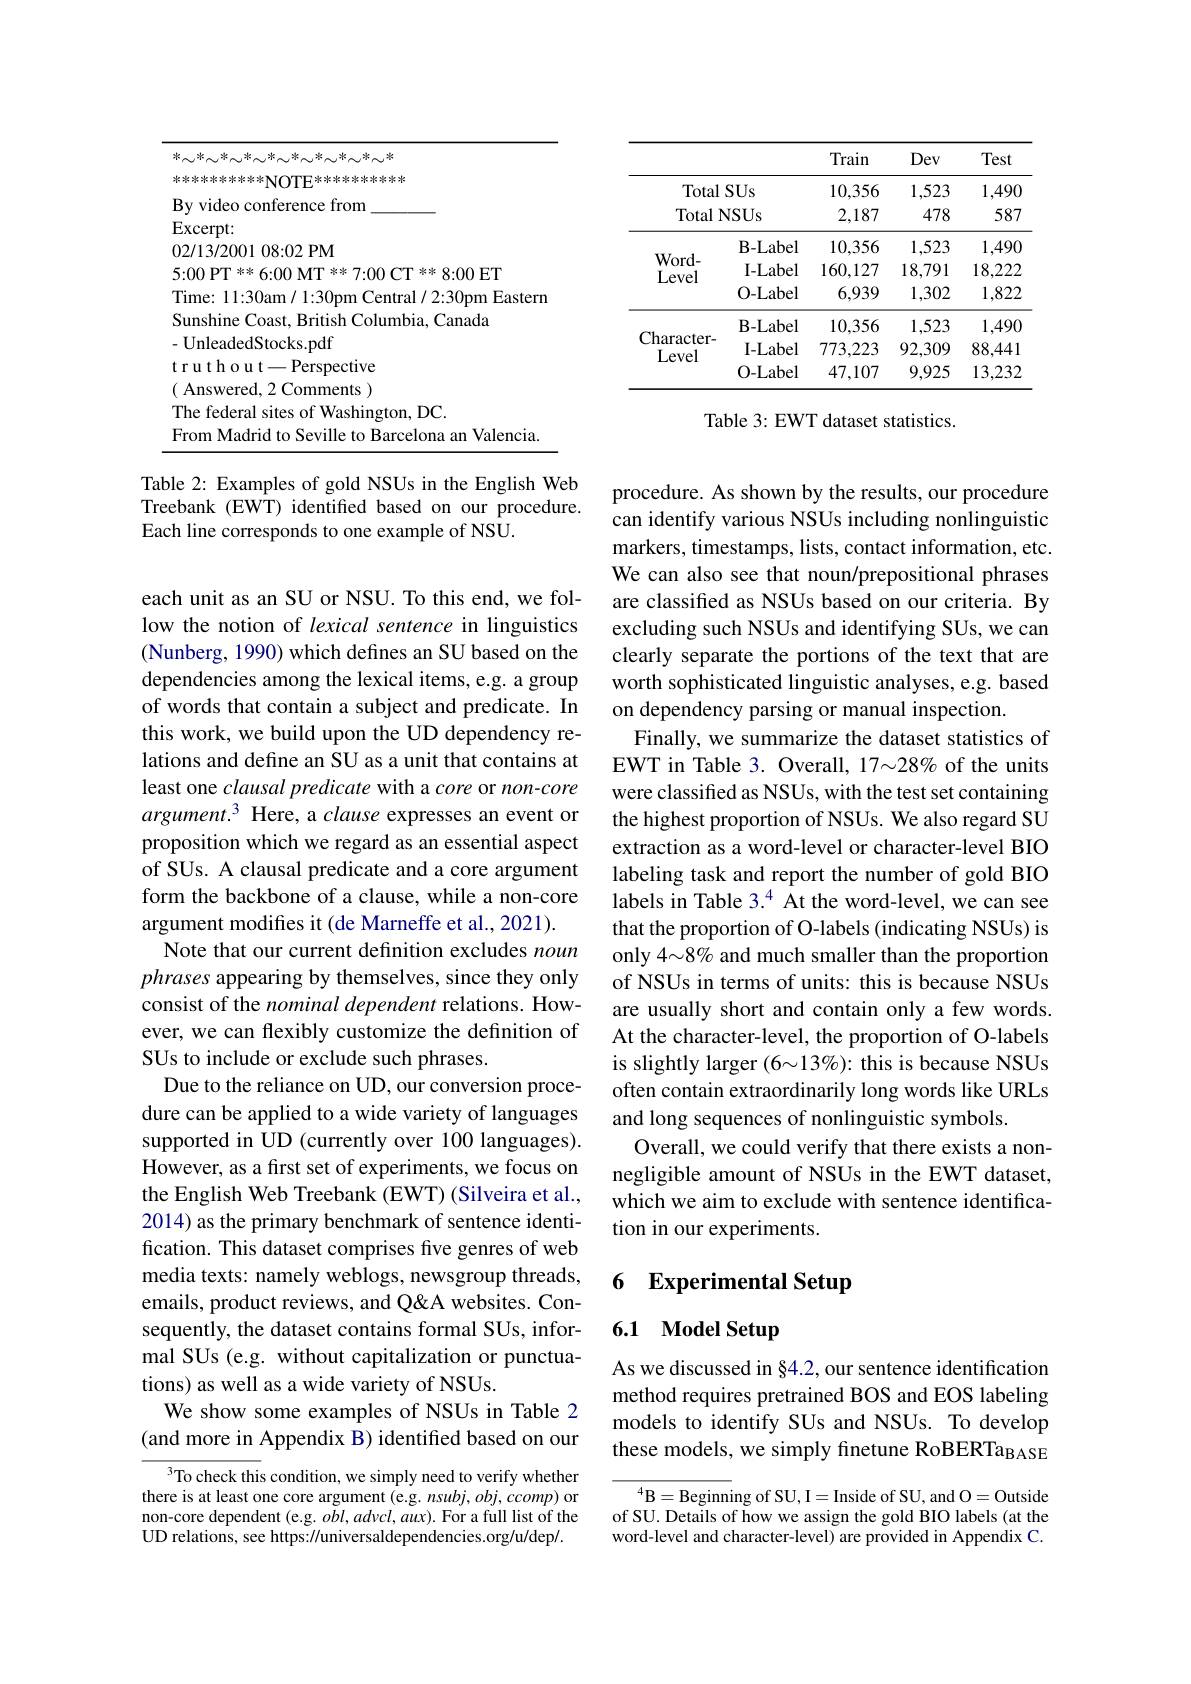
<table>
	<tbody>
		<tr>
			<td>F T 1</td>
			<td>5{:}00 $\mathrm{PT}^{* * * }$ 6{:}00 $\mathrm{MT}^{* * }$ 7{:}00 $\mathrm{CT}^{* * }$ 8{:}00 ET</td>
			<td>PT * * 6: 00 MT * * 7: 00 CT * * 8: 00 ET</td>
		</tr>
		<tr>
			<td>$T$</td>
			<td>Time: 11:30am/ 1:30pm Central/ 2:30pm East</td>
			<td>:11:30am/1:30pm Central/2:30pm Easterr</td>
		</tr>
		<tr>
			<td>$C$ - T L I</td>
			<td>Sunshine Coast, British Columbia, Canada</td>
			<td>hine Coast, British Columbia, Canada</td>
		</tr>
		<tr>
			<td>-</td>
			<td>-UnleadedStocks.pdf</td>
			<td>eadedStocks.pdf</td>
		</tr>
		<tr>
			<td>t</td>
			<td>truthout-Perspective</td>
			<td>${\mathrm{~h~o~u~t-Perspective}}$</td>
		</tr>
		<tr>
			<td>1</td>
			<td>( Answered, 2 Comments </td>
			<td>wered, 2 Comments</td>
		</tr>
		<tr>
			<td>$T$</td>
			<td>The federal sites of Washington, DC.</td>
			<td>ederal sites of Washington, DC.</td>
		</tr>
		<tr>
			<td>$F$ 1</td>
			<td>21 aleno</td>
			<td>Valencia</td>
		</tr>
	</tbody>
</table>

Table 2: Examples of gold NSUs in the English Web Treebank (EWT) identified based on our procedure. Each line corresponds to one example of NSU.

each unit as an SU or NSU. To this end, we follow the notion of lexical sentence in linguistics (Nunberg, 1990) which defines an SU based on the dependencies among the lexical items, e.g. a group of words that contain a subject and predicate. In this work, we build upon the UD dependency relations and define an SU as a unit that contains at least one clausal predicate with a core or non-core argument.3 Here, a clause expresses an event or proposition which we regard as an essential aspect of SUs. A clausal predicate and a core argument form the backbone of a clause, while a non-core argument modifies it (de Marneffe et al., 2021).
Note that our current definition excludes noun phrases appearing by themselves, since they only consist of the nominal dependent relations. However, we can flexibly customize the definition of SUs to include or exclude such phrases.
Due to the reliance on UD, our conversion procedure can be applied to a wide variety of languages supported in UD (currently over 100 languages). However, as a first set of experiments, we focus on the English Web Treebank (EWT) (Silveira et al., 2014) as the primary benchmark of sentence identification. This dataset comprises five genres of web media texts: namely weblogs, newsgroup threads, emails, product reviews, and Q&A websites. Consequently, the dataset contains formal SUs, informal SUs (e.g. without capitalization or punctuations) as well as a wide variety of NSUs.
We show some examples of NSUs in Table 2 (and more in Appendix B) identified based on our
To check this condition, we simply need to verify whether

there is at least one core argument (e.g. nsubj, obj, ccomp) or non-core dependent (e.g. $obl,advcl,aux).$ For a full list of the UD relations, see https://universaldependencies.org/u/dep/.

<table>
	<tbody>
		<tr>
			<th> </th>
			<th> </th>
			<th>Train</th>
			<th>Dev</th>
			<th>Test</th>
		</tr>
		<tr>
			<td>Total</td>
			<td>SUs</td>
			<td>10,356</td>
			<td>1,523</td>
			<td>1,490</td>
		</tr>
		<tr>
			<td>Total $N$ </td>
			<td>ISUs</td>
			<td>2,187</td>
			<td>478</td>
			<td>587</td>
		</tr>
		<tr>
			<td> </td>
			<td>$\mathbf{B-Label}$</td>
			<td>10,356</td>
			<td>1,523</td>
			<td>1,490</td>
		</tr>
		<tr>
			<td rowspan="2">Word- Level</td>
			<td>I- Label</td>
			<td>160,127</td>
			<td>18,791</td>
			<td>18,222</td>
		</tr>
		<tr>
			<td>O- Label</td>
			<td>6,939</td>
			<td>1,302</td>
			<td>1,822</td>
		</tr>
		<tr>
			<td> </td>
			<td>$\mathbf{B-Label}$</td>
			<td>10,356</td>
			<td>1,523</td>
			<td>1,490</td>
		</tr>
		<tr>
			<td rowspan="2">Character- Level</td>
			<td>I- Label</td>
			<td>773,223</td>
			<td>92,309</td>
			<td>88,441</td>
		</tr>
		<tr>
			<td>O- Label</td>
			<td>47,107</td>
			<td>9,925</td>
			<td>13,232</td>
		</tr>
	</tbody>
</table>

Table 3: EWT dataset statistics.

procedure. As shown by the results, our procedure can identify various NSUs including nonlinguistic markers, timestamps, lists, contact information, etc. We can also see that noun/prepositional phrases are classified as NSUs based on our criteria. By excluding such NSUs and identifying SUs, we can clearly separate the portions of the text that are worth sophisticated linguistic analyses, e.g. based on dependency parsing or manual inspection.
Finally, we summarize the dataset statistics of EWT in Table 3. Overall, 17~28% of the units were classified as NSUs, with the test set containing the highest proportion of NSUs. We also regard SU extraction as a word-level or character-level BIO labeling task and report the number of gold BIO labels in Table 3.$^{4}$ At the word-level, we can see that the proportion of O-labels (indicating NSUs) is only 4~8% and much smaller than the proportion of NSUs in terms of units: this is because NSUs are usually short and contain only a few words. At the character-level, the proportion of O-labels is slightly larger $(6{\sim}13\%){:}$ this is because NSUs often contain extraordinarily long words like URLs and long sequences of nonlinguistic symbols.
Overall, we could verify that there exists a nonnegligible amount of NSUs in the EWT dataset, which we aim to exclude with sentence identification in our experiments.

## 6 Experimental Setup

# 6.1 Model Setup

As we discussed in $\S4.2$,our sentence identification method requires pretrained BOS and EOS labeling models to identify SUs and NSUs. To develop these models, we simply finetune RoBERTa$_\mathrm{BASE}$

$^4$B=Beginning of SU,I=Inside of SU, and O=Outside of SU. Details of how we assign the gold BIO labels (at the word-level and character-level) are provided in Appendix C.